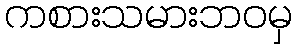
ကစားသမားဘဝမှ